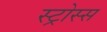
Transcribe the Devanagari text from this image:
स्ट्रोस्स